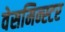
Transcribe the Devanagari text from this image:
वेसमिन्स्टर